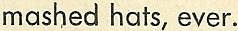
mashed hats,ever.